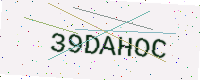
Text: 39DAHOC